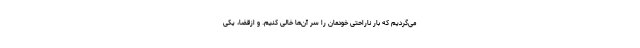
می‌گردیم که بار ناراحتی خودمان را سر آن‌ها خالی کنیم. و ازقضا، یکی